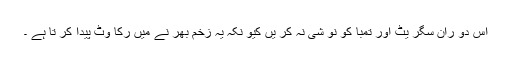
اس دو ران سگر یٹ اور تمبا کو نو شی نہ کر یں کیو نکہ یہ زخم بھر نے میں رکا وٹ پیدا کر تا ہے ۔